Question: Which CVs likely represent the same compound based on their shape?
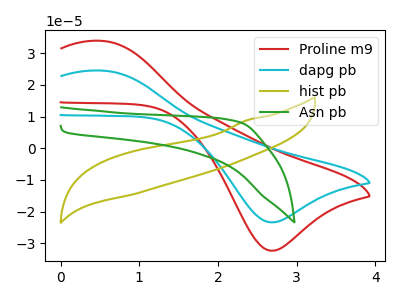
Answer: <think>The red curve "Proline m9" has an anodic peak at (0.55V, 33.90uA) and a cathodic peak at (2.70V, -32.35uA). The cyan curve "dapg pb" has an anodic peak at (0.55V, 24.50uA) and a cathodic peak at (2.70V, -23.40uA). The olive curve "hist pb" has no peaks. The green curve "Asn pb" has no peaks.
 All the peaks in "Proline m9" have a peak in "dapg pb" at the same potential. Every peak in "Proline m9" is higher than every peak in "dapg pb". "Proline m9" and "hist pb" have a different number of peaks. "Proline m9" and "Asn pb" have a different number of peaks. "dapg pb" and "hist pb" have a different number of peaks. "dapg pb" and "Asn pb" have a different number of peaks. Neither "hist pb" or "Asn pb" have any peaks.</think>
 <answer>"dapg pb" and "Proline m9" have the same shape and are likely CV's of the same chemical.</answer>
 <eval>"dapg pb" "Proline m9"</eval>